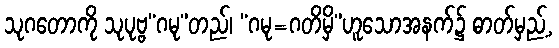
သုဂတောကို သုပုဗ္ဗ“ဂမု”တည်၊ “ဂမု=ဂတိမှိ”ဟူသောအနက်၌ ဓာတ်မှည့်,